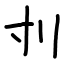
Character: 刌